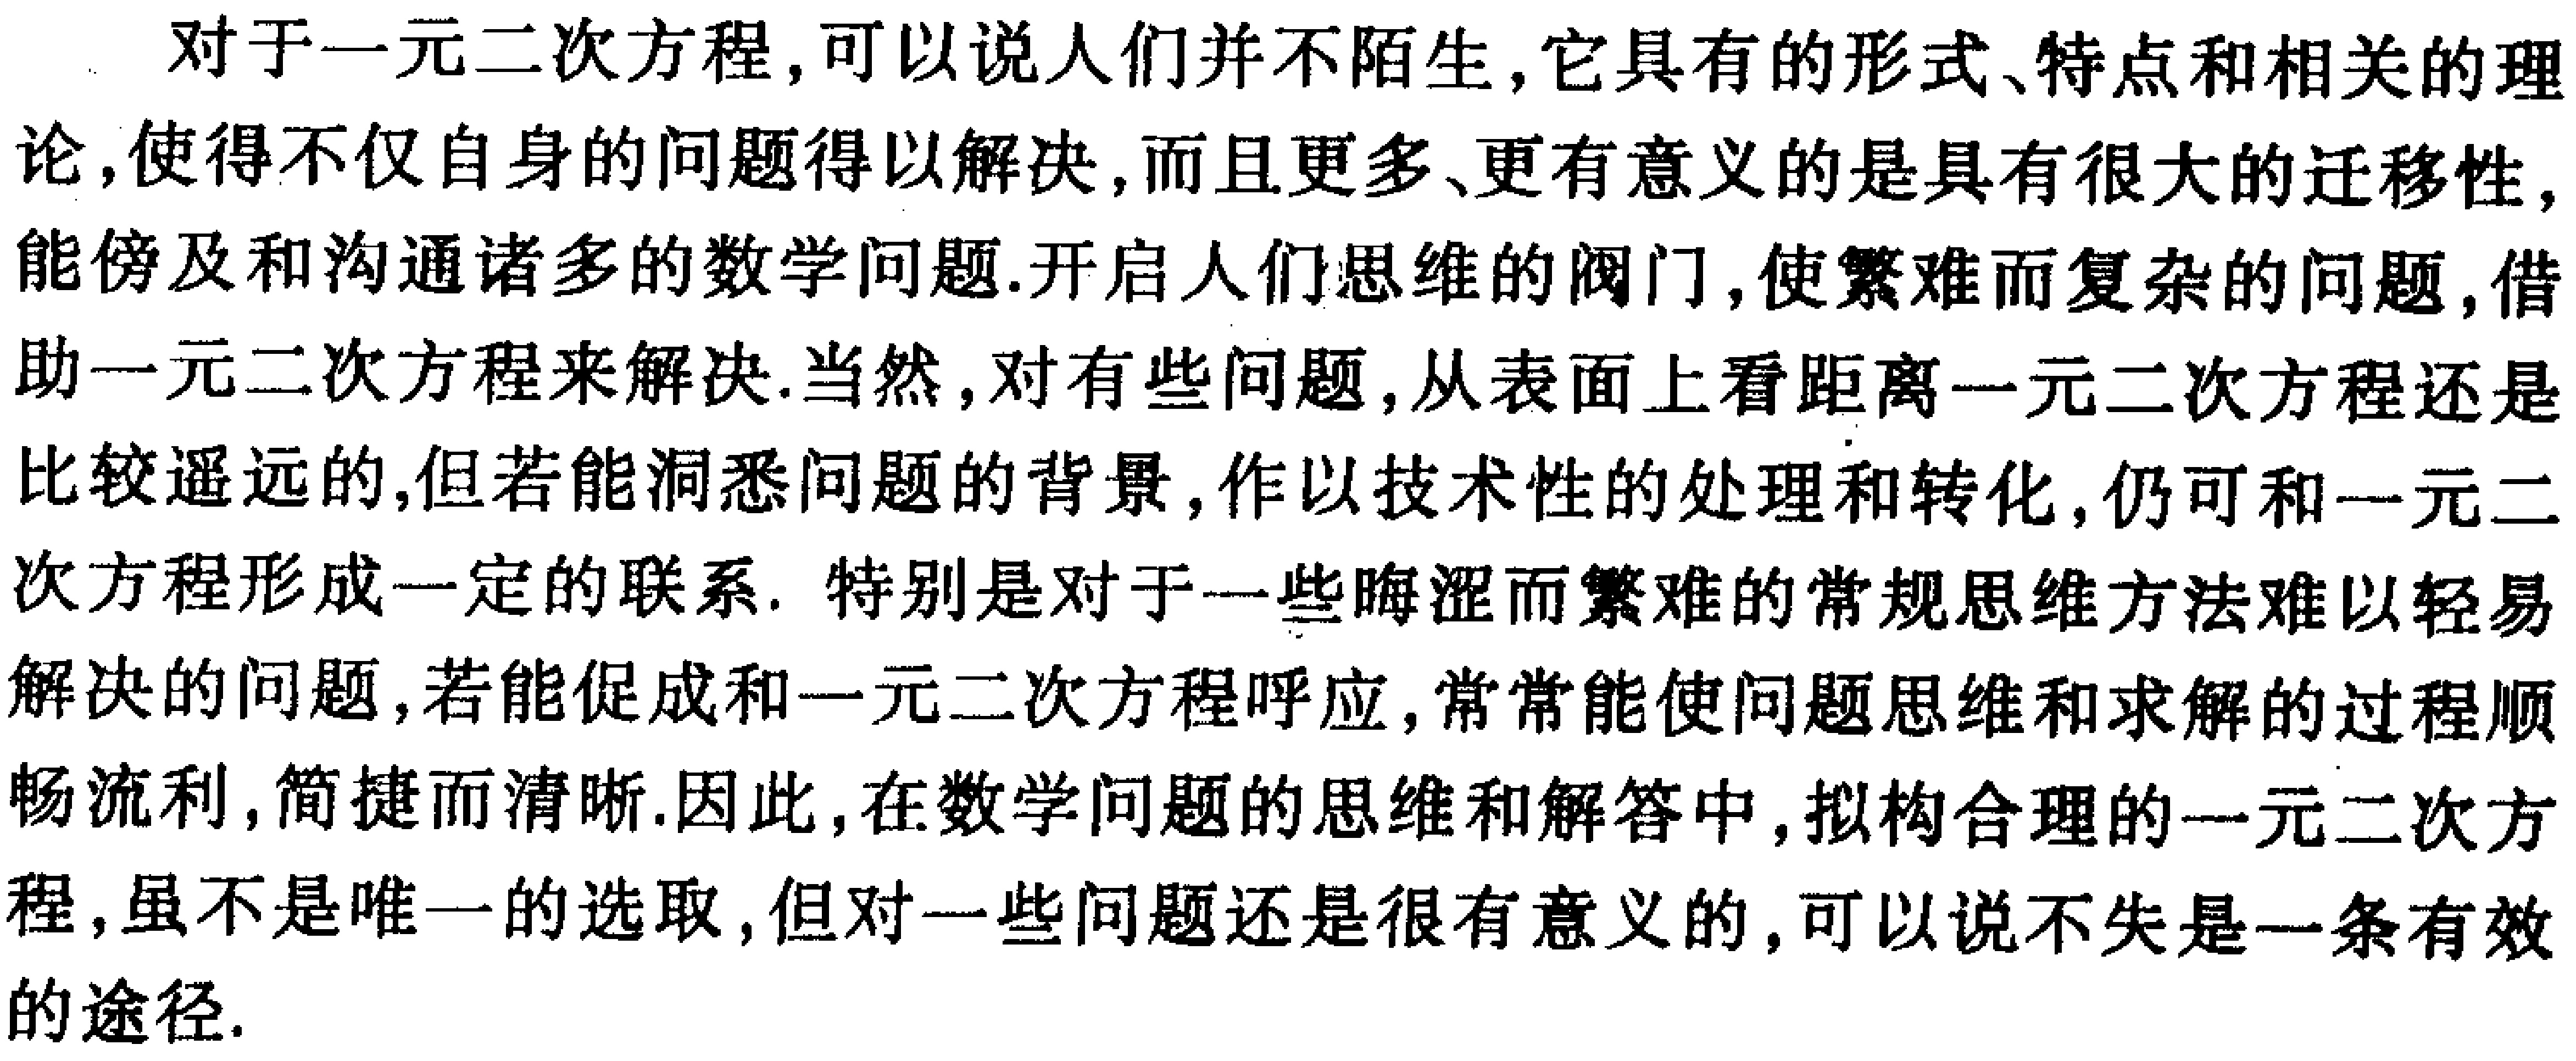
对于一元二次方程，可以说人们并不陌生，它具有的形式、特点和相关的理论，使得不仅自身的问题得以解决，而且更多、更有意义的是具有很大的迁移性，能傍及和沟通诸多的数学问题.开启人们思维的阀门，使繁难而复杂的问题，借助一元二次方程来解决.当然，对有些问题，从表面上看距离一元二次方程还是比较遥远的，但若能洞悉问题的背景，作以技术性的处理和转化，仍可和一元二次方程形成一定的联系. 特别是对于一些晦涩而繁难的常规思维方法难以轻易解决的问题，若能促成和一元二次方程呼应，常常能使问题思维和求解的过程顺畅流利，简捷而清晰.因此，在数学问题的思维和解答中，拟构合理的一元二次方程，虽不是唯一的选取，但对一些问题还是很有意义的，可以说不失是一条有效的途径.